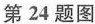
第24题图